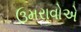
ઉમરાવોએ